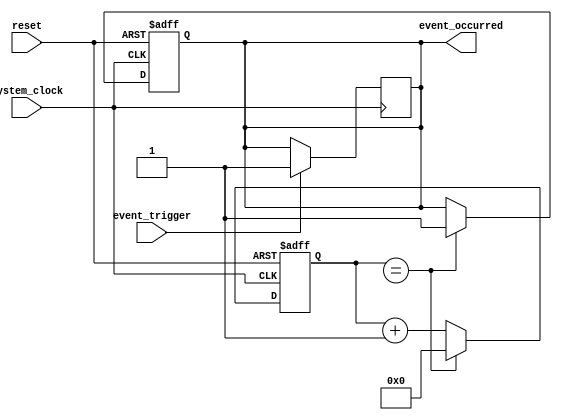
module timing_control_and_sync (
    input wire system_clock,
    input wire reset,
    input wire event_trigger,
    output reg event_occurred
);

reg [31:0] timer_count;

always @(posedge system_clock or posedge reset) begin
    if (reset) begin
        timer_count <= 0;
        event_occurred <= 0;
    end else begin
        timer_count <= timer_count + 1;
        if (timer_count == TIME_INTERVAL) begin
            timer_count <= 0;
            event_occurred <= 1;
        end
    end
end

always @(posedge system_clock) begin
    if (event_trigger) begin
        event_occurred <= 1;
    end
end

endmodule